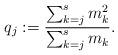
LaTeX: \begin{align*}q_j:=\frac{\sum_{k=j}^s m_k^2}{\sum_{k=j}^s m_k}.\end{align*}